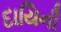
દાયિની